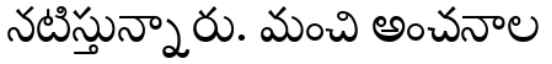
నటిస్తున్నారు. మంచి అంచనాల